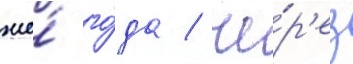
же́ го́да / че́р'ез